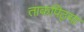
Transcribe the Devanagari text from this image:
ताकपिठ्या